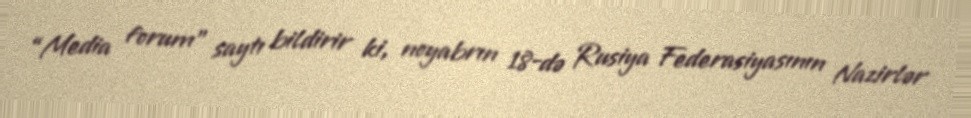
“Media forum” saytı bildirir ki, noyabrın 18-də Rusiya Federasiyasının Nazirlər